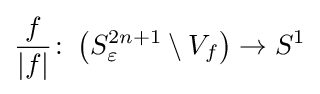
{\dfrac {f}{|f|}}\colon \left(S_{\varepsilon }^{2n+1}\setminus V_{f}\right)\to S^{1}